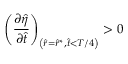
\left( \frac { \partial \hat { \eta } } { \partial \hat { t } } \right) _ { \left( \hat { r } = \hat { r } ^ { * } , \hat { t } < T / 4 \right) } > 0